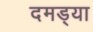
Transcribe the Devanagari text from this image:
दमड्या